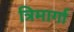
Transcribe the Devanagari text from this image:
त्रिमार्गा